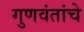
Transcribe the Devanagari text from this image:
गुणवंतांचे